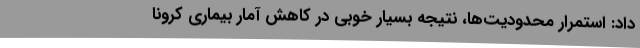
داد: استمرار محدودیت‌ها، نتیجه بسیار خوبی در کاهش آمار بیماری کرونا